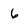
Character: 6